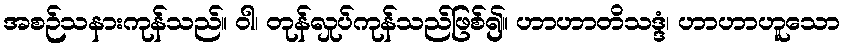
အစဉ်သနားကုန်သည်။ ဝါ၊ တုန်လှုပ်ကုန်သည်ဖြစ်၍။ ဟာဟာတိသဒ္ဒံ၊ ဟာဟာဟူသော